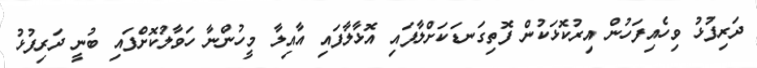
ދަރިފުޅު ވިހެއިފަހުން އިރުކޮޅަކުން ފޮތިގަނޑަކަށްލާފައި އޮޅާލާފައި އާއިލާ މީހުންނާ ހަވާލުކޮށްފައި ބުނީ ދަރިފުޅު